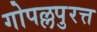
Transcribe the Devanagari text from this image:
गोपल्लपुरत्त